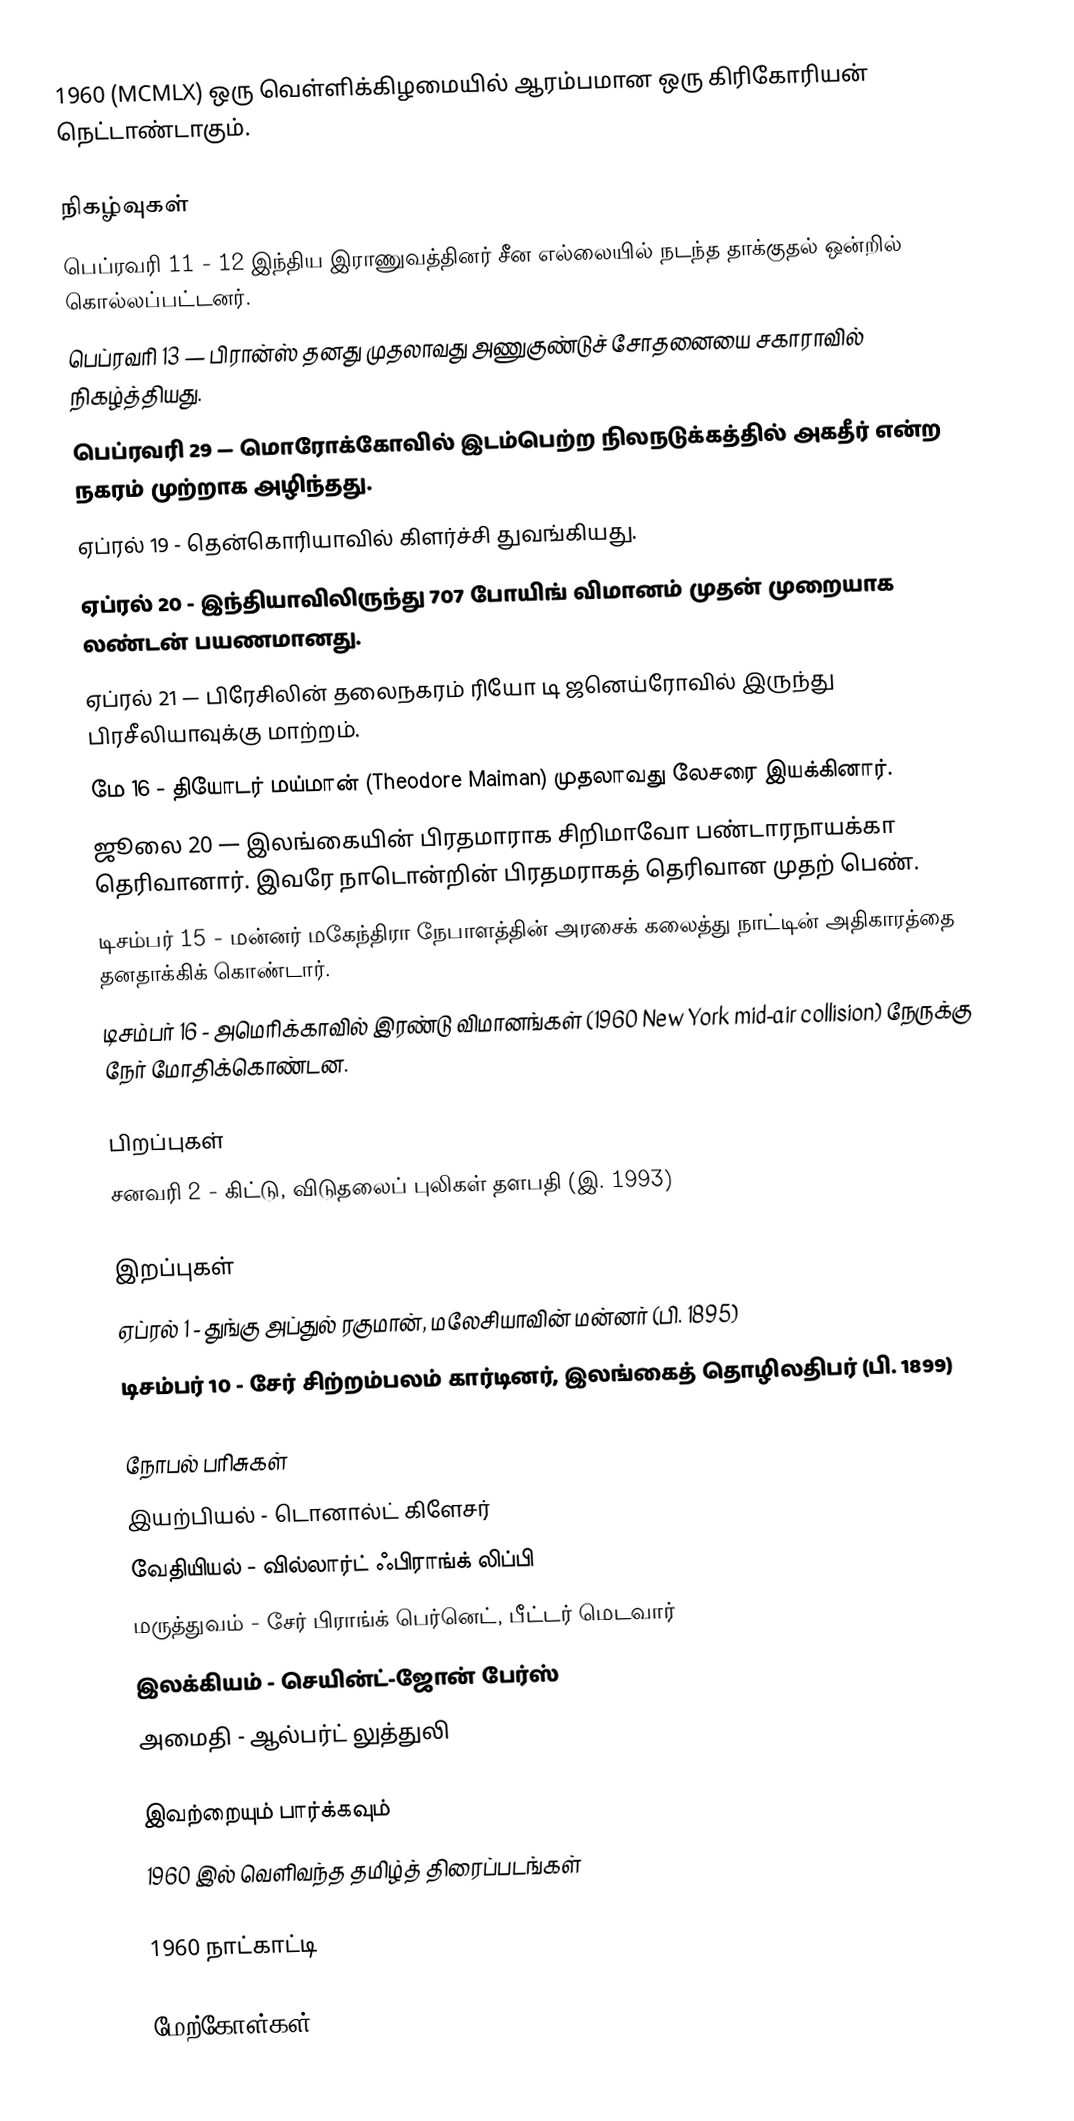
1960  (MCMLX) ஒரு வெள்ளிக்கிழமையில் ஆரம்பமான ஒரு கிரிகோரியன் நெட்டாண்டாகும்.

நிகழ்வுகள்
 பெப்ரவரி 11 - 12 இந்திய இராணுவத்தினர் சீன எல்லையில் நடந்த தாக்குதல் ஒன்றில் கொல்லப்பட்டனர்.
 பெப்ரவரி 13 — பிரான்ஸ் தனது முதலாவது அணுகுண்டுச் சோதனையை சகாராவில் நிகழ்த்தியது.
 பெப்ரவரி 29 — மொரோக்கோவில் இடம்பெற்ற நிலநடுக்கத்தில் அகதீர் என்ற நகரம் முற்றாக அழிந்தது.
 ஏப்ரல் 19 - தென்கொரியாவில் கிளர்ச்சி துவங்கியது.
 ஏப்ரல் 20 - இந்தியாவிலிருந்து 707 போயிங் விமானம் முதன் முறையாக லண்டன் பயணமானது.
 ஏப்ரல் 21 — பிரேசிலின் தலைநகரம் ரியோ டி ஜனெய்ரோவில் இருந்து பிரசீலியாவுக்கு மாற்றம்.
 மே 16 - தியோடர் மய்மான் (Theodore Maiman) முதலாவது லேசரை இயக்கினார்.
 ஜூலை 20 — இலங்கையின் பிரதமாராக சிறிமாவோ பண்டாரநாயக்கா தெரிவானார். இவரே நாடொன்றின் பிரதமராகத் தெரிவான முதற் பெண்.
 டிசம்பர் 15 - மன்னர் மகேந்திரா நேபாளத்தின் அரசைக் கலைத்து நாட்டின் அதிகாரத்தை தனதாக்கிக் கொண்டார்.
 டிசம்பர் 16 - அமெரிக்காவில் இரண்டு விமானங்கள் (1960 New York mid-air collision) நேருக்கு நேர் மோதிக்கொண்டன.

பிறப்புகள்
 சனவரி 2 - கிட்டு, விடுதலைப் புலிகள் தளபதி (இ. 1993)

இறப்புகள்
 ஏப்ரல் 1 - துங்கு அப்துல் ரகுமான், மலேசியாவின் மன்னர் (பி. 1895)
 டிசம்பர் 10 - சேர் சிற்றம்பலம் கார்டினர், இலங்கைத் தொழிலதிபர் (பி. 1899)

நோபல் பரிசுகள்
 இயற்பியல் - டொனால்ட் கிளேசர்
 வேதியியல் - வில்லார்ட் ஃபிராங்க் லிப்பி
 மருத்துவம் - சேர் பிராங்க் பெர்னெட், பீட்டர் மெடவார்
 இலக்கியம் - செயின்ட்-ஜோன் பேர்ஸ்
 அமைதி - ஆல்பர்ட் லுத்துலி

இவற்றையும் பார்க்கவும்
 1960 இல் வெளிவந்த தமிழ்த் திரைப்படங்கள்

1960 நாட்காட்டி

மேற்கோள்கள்